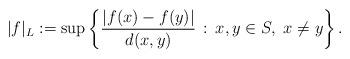
LaTeX: \begin{align*}|f|_L := \sup\left\{ \frac{|f(x)-f(y)|}{d(x,y)}\,:\, x,y\in S,\ x\neq y\right\}.\end{align*}